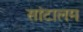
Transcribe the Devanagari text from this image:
सांटालम